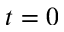
t = 0